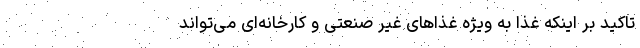
تاکید بر اینکه غذا به ویژه غذاهای غیر صنعتی و کارخانه‌ای می‌تواند